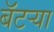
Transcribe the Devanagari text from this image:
बॅटर्‍या